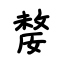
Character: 嫠